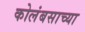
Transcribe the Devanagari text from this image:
कोलंबसाच्या